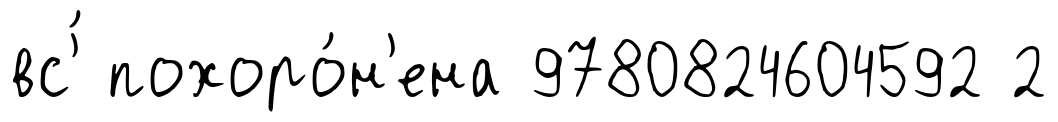
вс'́ похоро́н'ена 9780824604592 2